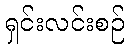
ရှင်းလင်းစဉ်